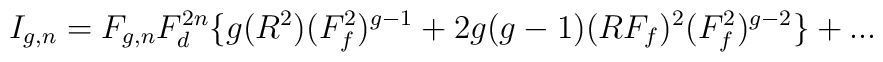
I_{g,n} = F_{g,n}F_d^{2n}\{g(R^2)(F_f^2)^{g-1} + 2g(g-1)(RF_f)^2(F_f^2)^{g-2}\}+...